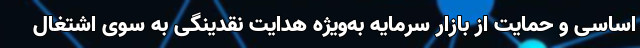
اساسی و حمایت از بازار سرمایه به‌ویژه هدایت نقدینگی به سوی اشتغال